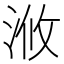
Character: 浟